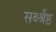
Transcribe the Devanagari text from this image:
सर्ब्श्रेष्ठ